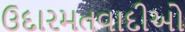
ઉદારમતવાદીઓ